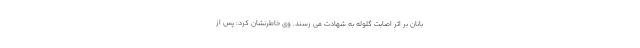
بانان بر اثر اصابت گلوله به شهادت می رسند. وی خاطرنشان کرد: پس از